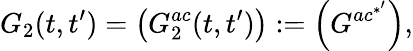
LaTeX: G_{2}(t,t^{\prime})=\left(G_{2}^{ac}(t,t^{\prime})\right):=\left(G^{ac^{*^{\prime}}}\right),